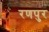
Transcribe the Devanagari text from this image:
रणपुर